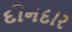
દીનદાર